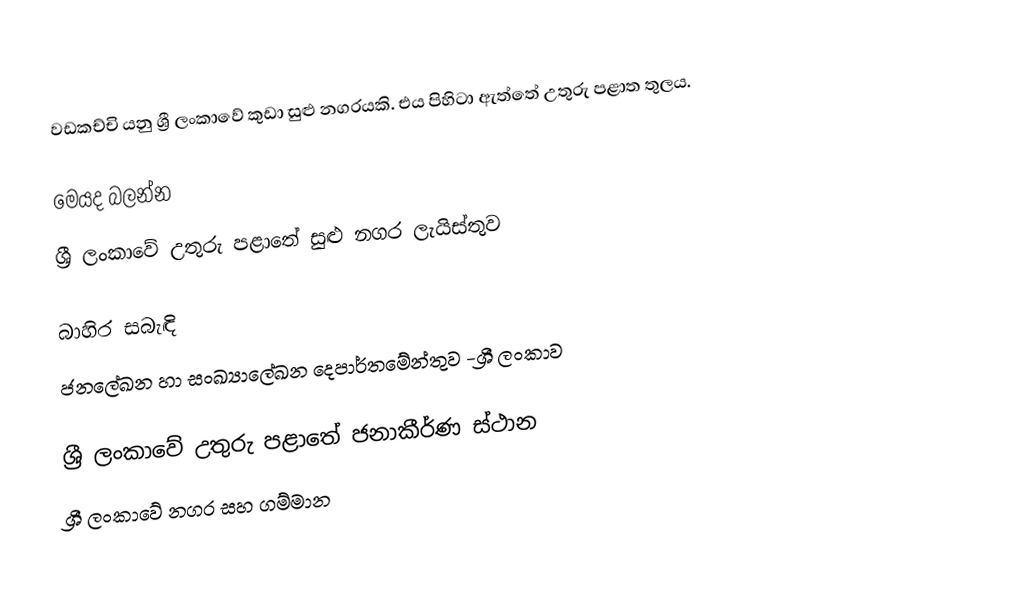
වඩකච්චි යනු ශ්‍රී ලංකාවේ කුඩා සුළු නගරයකි. එය පිහිටා ඇත්තේ උතුරු පළාත තුලය.

මෙයද බලන්න
ශ්‍රී ලංකාවේ උතුරු පළාතේ සුළු නගර ලැයිස්තුව

බාහිර සබැඳි
ජනලේඛන හා සංඛ්‍යාලේඛන දෙපාර්තමේන්තුව -ශ්‍රී ලංකාව

ශ්‍රී ලංකාවේ උතුරු පළාතේ ජනාකීර්ණ ස්ථාන
ශ්‍රී ලංකාවේ නගර සහ ගම්මාන